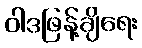
ဝါဒဖြန့်ချိရေး